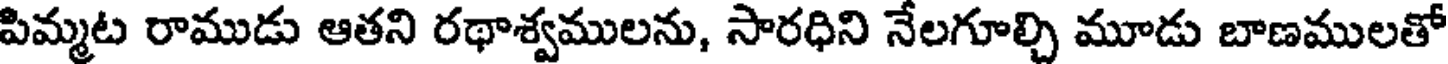
పిమ్మట రాముడు ఆతని రథాశ్వములను, సారధిని నేలగూల్చి మూడు బాణములతో